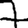
Digit: 7